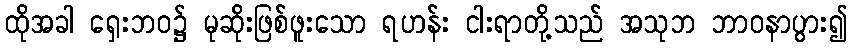
ထိုအခါ ရှေးဘဝ၌ မုဆိုးဖြစ်ဖူးသော ရဟန်း ငါးရာတို့သည် အသုဘ ဘာဝနာပွား၍